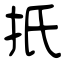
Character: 扺